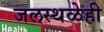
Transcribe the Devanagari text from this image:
जलस्थळेही